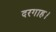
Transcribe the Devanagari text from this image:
दरगाह।